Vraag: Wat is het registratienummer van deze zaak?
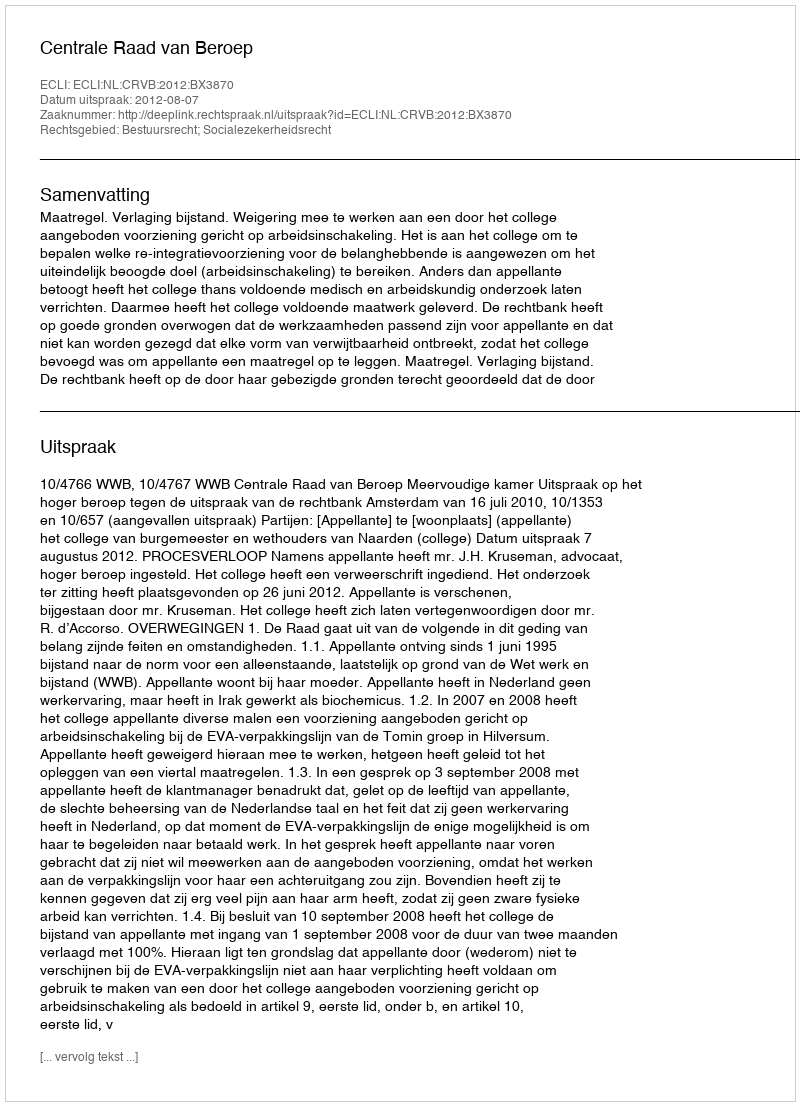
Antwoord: http://deeplink.rechtspraak.nl/uitspraak?id=ECLI:NL:CRVB:2012:BX3870